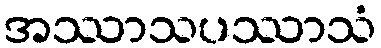
အဿာသပဿာသံ